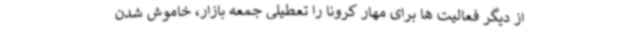
از دیگر فعالیت ها برای مهار کرونا را تعطیلی جمعه بازار، خاموش شدن